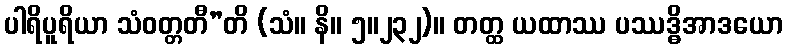
ပါရိပူရိယာ သံဝတ္တတီ”တိ (သံ။ နိ။ ၅။၂၃၂)။ တတ္ထ ယထာဿ ပဿဒ္ဓိအာဒယော